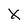
Character: X